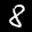
Label: 8